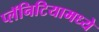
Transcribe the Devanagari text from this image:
प्लॅनिटियामध्ये